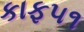
કાફ૫૧